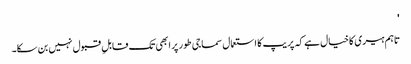
'
تاہم ہیری کا خیال ہے کہ پریپ کا استعمال سماجی طور پر ابھی تک قابلِ قبول نہیں بن سکا۔